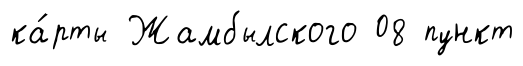
ка́рты Жамбылского 08 пункт